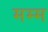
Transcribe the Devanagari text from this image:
मम्म